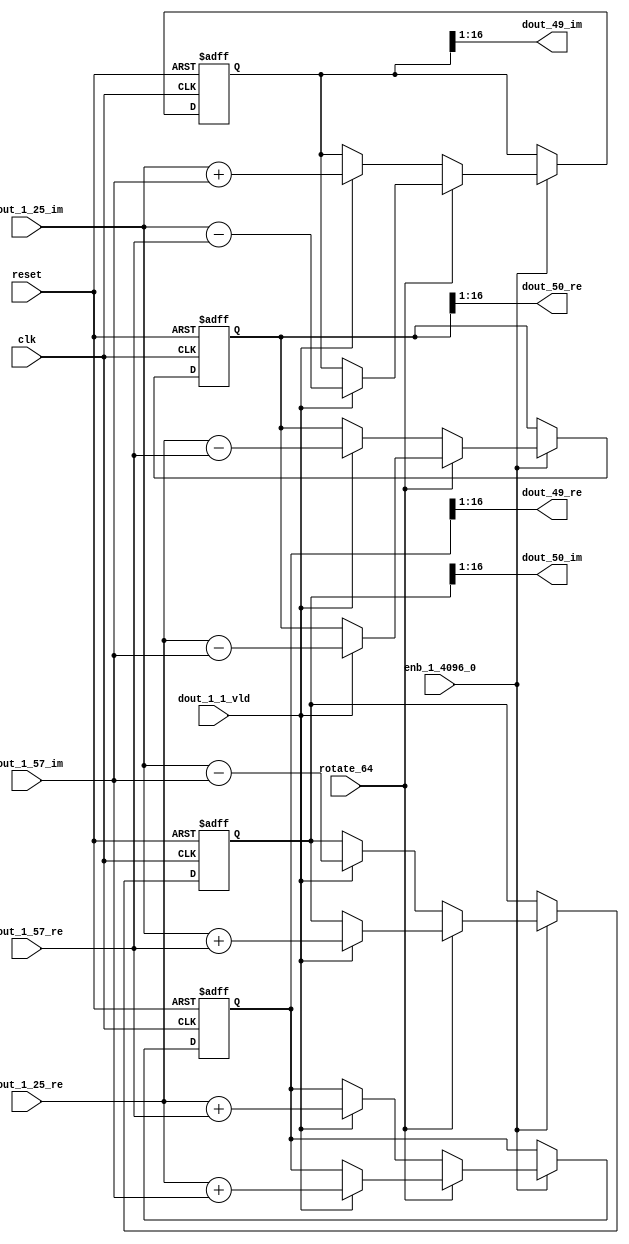
// -------------------------------------------------------------
// 
// 
// Generated by MATLAB 9.14 and HDL Coder 4.1
// 
// -------------------------------------------------------------


// -------------------------------------------------------------
// 
// Module: RADIX22FFT_SDNF2_2_block23
// Source Path: dsphdl.IFFT/RADIX22FFT_SDNF2_2
// Hierarchy Level: 4
// 
// -------------------------------------------------------------

`timescale 1 ns / 1 ns

module RADIX22FFT_SDNF2_2_block23
          (clk,
           reset,
           enb_1_4096_0,
           rotate_64,
           dout_1_25_re,
           dout_1_25_im,
           dout_1_57_re,
           dout_1_57_im,
           dout_1_1_vld,
           dout_49_re,
           dout_49_im,
           dout_50_re,
           dout_50_im);


  input   clk;
  input   reset;
  input   enb_1_4096_0;
  input   rotate_64;  // ufix1
  input   signed [15:0] dout_1_25_re;  // sfix16_En14
  input   signed [15:0] dout_1_25_im;  // sfix16_En14
  input   signed [15:0] dout_1_57_re;  // sfix16_En14
  input   signed [15:0] dout_1_57_im;  // sfix16_En14
  input   dout_1_1_vld;
  output  signed [15:0] dout_49_re;  // sfix16_En14
  output  signed [15:0] dout_49_im;  // sfix16_En14
  output  signed [15:0] dout_50_re;  // sfix16_En14
  output  signed [15:0] dout_50_im;  // sfix16_En14


  reg  Radix22ButterflyG2_NF_din_vld_dly;
  reg signed [16:0] Radix22ButterflyG2_NF_btf1_re_reg;  // sfix17
  reg signed [16:0] Radix22ButterflyG2_NF_btf1_im_reg;  // sfix17
  reg signed [16:0] Radix22ButterflyG2_NF_btf2_re_reg;  // sfix17
  reg signed [16:0] Radix22ButterflyG2_NF_btf2_im_reg;  // sfix17
  reg  Radix22ButterflyG2_NF_din_vld_dly_next;
  reg signed [16:0] Radix22ButterflyG2_NF_btf1_re_reg_next;  // sfix17_En14
  reg signed [16:0] Radix22ButterflyG2_NF_btf1_im_reg_next;  // sfix17_En14
  reg signed [16:0] Radix22ButterflyG2_NF_btf2_re_reg_next;  // sfix17_En14
  reg signed [16:0] Radix22ButterflyG2_NF_btf2_im_reg_next;  // sfix17_En14
  reg signed [15:0] dout_49_re_1;  // sfix16_En14
  reg signed [15:0] dout_49_im_1;  // sfix16_En14
  reg signed [15:0] dout_50_re_1;  // sfix16_En14
  reg signed [15:0] dout_50_im_1;  // sfix16_En14
  reg  dout_2_vld;
  reg signed [16:0] Radix22ButterflyG2_NF_add_cast;  // sfix17_En14
  reg signed [16:0] Radix22ButterflyG2_NF_add_cast_0;  // sfix17_En14
  reg signed [16:0] Radix22ButterflyG2_NF_add_cast_1;  // sfix17_En14
  reg signed [16:0] Radix22ButterflyG2_NF_add_cast_2;  // sfix17_En14
  reg signed [16:0] Radix22ButterflyG2_NF_sub_cast;  // sfix17_En14
  reg signed [16:0] Radix22ButterflyG2_NF_sub_cast_0;  // sfix17_En14
  reg signed [16:0] Radix22ButterflyG2_NF_sub_cast_1;  // sfix17_En14
  reg signed [16:0] Radix22ButterflyG2_NF_sub_cast_2;  // sfix17_En14
  reg signed [16:0] Radix22ButterflyG2_NF_sra_temp;  // sfix17_En14
  reg signed [16:0] Radix22ButterflyG2_NF_add_cast_3;  // sfix17_En14
  reg signed [16:0] Radix22ButterflyG2_NF_add_cast_4;  // sfix17_En14
  reg signed [16:0] Radix22ButterflyG2_NF_add_cast_5;  // sfix17_En14
  reg signed [16:0] Radix22ButterflyG2_NF_add_cast_6;  // sfix17_En14
  reg signed [16:0] Radix22ButterflyG2_NF_sra_temp_0;  // sfix17_En14
  reg signed [16:0] Radix22ButterflyG2_NF_sub_cast_3;  // sfix17_En14
  reg signed [16:0] Radix22ButterflyG2_NF_sub_cast_4;  // sfix17_En14
  reg signed [16:0] Radix22ButterflyG2_NF_sub_cast_5;  // sfix17_En14
  reg signed [16:0] Radix22ButterflyG2_NF_sub_cast_6;  // sfix17_En14
  reg signed [16:0] Radix22ButterflyG2_NF_sra_temp_1;  // sfix17_En14
  reg signed [16:0] Radix22ButterflyG2_NF_sra_temp_2;  // sfix17_En14


  // Radix22ButterflyG2_NF
  always @(posedge clk or posedge reset)
    begin : Radix22ButterflyG2_NF_process
      if (reset == 1'b1) begin
        Radix22ButterflyG2_NF_din_vld_dly <= 1'b0;
        Radix22ButterflyG2_NF_btf1_re_reg <= 17'sb00000000000000000;
        Radix22ButterflyG2_NF_btf1_im_reg <= 17'sb00000000000000000;
        Radix22ButterflyG2_NF_btf2_re_reg <= 17'sb00000000000000000;
        Radix22ButterflyG2_NF_btf2_im_reg <= 17'sb00000000000000000;
      end
      else begin
        if (enb_1_4096_0) begin
          Radix22ButterflyG2_NF_din_vld_dly <= Radix22ButterflyG2_NF_din_vld_dly_next;
          Radix22ButterflyG2_NF_btf1_re_reg <= Radix22ButterflyG2_NF_btf1_re_reg_next;
          Radix22ButterflyG2_NF_btf1_im_reg <= Radix22ButterflyG2_NF_btf1_im_reg_next;
          Radix22ButterflyG2_NF_btf2_re_reg <= Radix22ButterflyG2_NF_btf2_re_reg_next;
          Radix22ButterflyG2_NF_btf2_im_reg <= Radix22ButterflyG2_NF_btf2_im_reg_next;
        end
      end
    end

  always @(Radix22ButterflyG2_NF_btf1_im_reg, Radix22ButterflyG2_NF_btf1_re_reg,
       Radix22ButterflyG2_NF_btf2_im_reg, Radix22ButterflyG2_NF_btf2_re_reg,
       Radix22ButterflyG2_NF_din_vld_dly, dout_1_1_vld, dout_1_25_im,
       dout_1_25_re, dout_1_57_im, dout_1_57_re, rotate_64) begin
    Radix22ButterflyG2_NF_add_cast_1 = 17'sb00000000000000000;
    Radix22ButterflyG2_NF_add_cast_2 = 17'sb00000000000000000;
    Radix22ButterflyG2_NF_sub_cast_1 = 17'sb00000000000000000;
    Radix22ButterflyG2_NF_sub_cast_2 = 17'sb00000000000000000;
    Radix22ButterflyG2_NF_add_cast_5 = 17'sb00000000000000000;
    Radix22ButterflyG2_NF_add_cast_6 = 17'sb00000000000000000;
    Radix22ButterflyG2_NF_sub_cast_5 = 17'sb00000000000000000;
    Radix22ButterflyG2_NF_sub_cast_6 = 17'sb00000000000000000;
    Radix22ButterflyG2_NF_add_cast = 17'sb00000000000000000;
    Radix22ButterflyG2_NF_add_cast_0 = 17'sb00000000000000000;
    Radix22ButterflyG2_NF_sub_cast = 17'sb00000000000000000;
    Radix22ButterflyG2_NF_sub_cast_0 = 17'sb00000000000000000;
    Radix22ButterflyG2_NF_add_cast_3 = 17'sb00000000000000000;
    Radix22ButterflyG2_NF_add_cast_4 = 17'sb00000000000000000;
    Radix22ButterflyG2_NF_sub_cast_3 = 17'sb00000000000000000;
    Radix22ButterflyG2_NF_sub_cast_4 = 17'sb00000000000000000;
    Radix22ButterflyG2_NF_btf1_re_reg_next = Radix22ButterflyG2_NF_btf1_re_reg;
    Radix22ButterflyG2_NF_btf1_im_reg_next = Radix22ButterflyG2_NF_btf1_im_reg;
    Radix22ButterflyG2_NF_btf2_re_reg_next = Radix22ButterflyG2_NF_btf2_re_reg;
    Radix22ButterflyG2_NF_btf2_im_reg_next = Radix22ButterflyG2_NF_btf2_im_reg;
    Radix22ButterflyG2_NF_din_vld_dly_next = dout_1_1_vld;
    if (rotate_64 != 1'b0) begin
      if (dout_1_1_vld) begin
        Radix22ButterflyG2_NF_add_cast_1 = {dout_1_25_re[15], dout_1_25_re};
        Radix22ButterflyG2_NF_add_cast_2 = {dout_1_57_im[15], dout_1_57_im};
        Radix22ButterflyG2_NF_btf1_re_reg_next = Radix22ButterflyG2_NF_add_cast_1 + Radix22ButterflyG2_NF_add_cast_2;
        Radix22ButterflyG2_NF_sub_cast_1 = {dout_1_25_re[15], dout_1_25_re};
        Radix22ButterflyG2_NF_sub_cast_2 = {dout_1_57_im[15], dout_1_57_im};
        Radix22ButterflyG2_NF_btf2_re_reg_next = Radix22ButterflyG2_NF_sub_cast_1 - Radix22ButterflyG2_NF_sub_cast_2;
        Radix22ButterflyG2_NF_add_cast_5 = {dout_1_25_im[15], dout_1_25_im};
        Radix22ButterflyG2_NF_add_cast_6 = {dout_1_57_re[15], dout_1_57_re};
        Radix22ButterflyG2_NF_btf2_im_reg_next = Radix22ButterflyG2_NF_add_cast_5 + Radix22ButterflyG2_NF_add_cast_6;
        Radix22ButterflyG2_NF_sub_cast_5 = {dout_1_25_im[15], dout_1_25_im};
        Radix22ButterflyG2_NF_sub_cast_6 = {dout_1_57_re[15], dout_1_57_re};
        Radix22ButterflyG2_NF_btf1_im_reg_next = Radix22ButterflyG2_NF_sub_cast_5 - Radix22ButterflyG2_NF_sub_cast_6;
      end
    end
    else if (dout_1_1_vld) begin
      Radix22ButterflyG2_NF_add_cast = {dout_1_25_re[15], dout_1_25_re};
      Radix22ButterflyG2_NF_add_cast_0 = {dout_1_57_re[15], dout_1_57_re};
      Radix22ButterflyG2_NF_btf1_re_reg_next = Radix22ButterflyG2_NF_add_cast + Radix22ButterflyG2_NF_add_cast_0;
      Radix22ButterflyG2_NF_sub_cast = {dout_1_25_re[15], dout_1_25_re};
      Radix22ButterflyG2_NF_sub_cast_0 = {dout_1_57_re[15], dout_1_57_re};
      Radix22ButterflyG2_NF_btf2_re_reg_next = Radix22ButterflyG2_NF_sub_cast - Radix22ButterflyG2_NF_sub_cast_0;
      Radix22ButterflyG2_NF_add_cast_3 = {dout_1_25_im[15], dout_1_25_im};
      Radix22ButterflyG2_NF_add_cast_4 = {dout_1_57_im[15], dout_1_57_im};
      Radix22ButterflyG2_NF_btf1_im_reg_next = Radix22ButterflyG2_NF_add_cast_3 + Radix22ButterflyG2_NF_add_cast_4;
      Radix22ButterflyG2_NF_sub_cast_3 = {dout_1_25_im[15], dout_1_25_im};
      Radix22ButterflyG2_NF_sub_cast_4 = {dout_1_57_im[15], dout_1_57_im};
      Radix22ButterflyG2_NF_btf2_im_reg_next = Radix22ButterflyG2_NF_sub_cast_3 - Radix22ButterflyG2_NF_sub_cast_4;
    end
    Radix22ButterflyG2_NF_sra_temp = Radix22ButterflyG2_NF_btf1_re_reg >>> 8'd1;
    dout_49_re_1 = Radix22ButterflyG2_NF_sra_temp[15:0];
    Radix22ButterflyG2_NF_sra_temp_0 = Radix22ButterflyG2_NF_btf1_im_reg >>> 8'd1;
    dout_49_im_1 = Radix22ButterflyG2_NF_sra_temp_0[15:0];
    Radix22ButterflyG2_NF_sra_temp_1 = Radix22ButterflyG2_NF_btf2_re_reg >>> 8'd1;
    dout_50_re_1 = Radix22ButterflyG2_NF_sra_temp_1[15:0];
    Radix22ButterflyG2_NF_sra_temp_2 = Radix22ButterflyG2_NF_btf2_im_reg >>> 8'd1;
    dout_50_im_1 = Radix22ButterflyG2_NF_sra_temp_2[15:0];
    dout_2_vld = Radix22ButterflyG2_NF_din_vld_dly;
  end



  assign dout_49_re = dout_49_re_1;

  assign dout_49_im = dout_49_im_1;

  assign dout_50_re = dout_50_re_1;

  assign dout_50_im = dout_50_im_1;

endmodule  // RADIX22FFT_SDNF2_2_block23